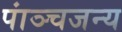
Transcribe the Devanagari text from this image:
पांञ्चजन्य